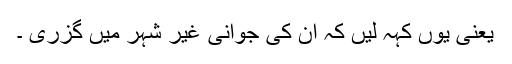
یعنی یوں کہہ لیں کہ ان کی جوانی غیر شہر میں گزری ۔